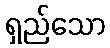
ရှည်သော